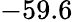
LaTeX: -59.6